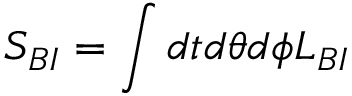
S _ { B I } = \int d t d \theta d \phi { \cal L } _ { B I }